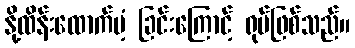
နို့ထိန်းထောက်ပံ့ ခြင်းကြောင့် ရုပ်ဖြစ်သည်။